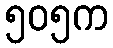
၅၀၅က